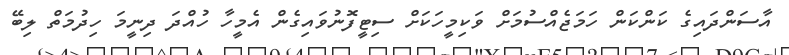
އާސަންދައިގެ ކަންކަން ހަމަޖެއްސުމަށް ވަކިމީހަކަށް ސިޓީފޮނުވައިގެން އެމީހާ ހުއްދަ ދިނީމަ ހިދުމަތް ލިބޭ